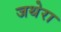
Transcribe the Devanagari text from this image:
जथेरा